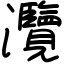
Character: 灠